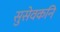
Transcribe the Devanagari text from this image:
सुसेवकनि